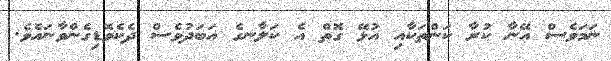
ނަމަވެސް އޭނާ ކުރާ ކަންތަކާއި އުޅޭ ގޮތް އެ ކަލާނގެ އަބަދުވެސް ދެކެވޮޑިގެންވާނައެވެ.